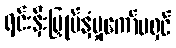
ရင်းနှီးမြှုပ်နှံမှုကော်မရှင်